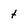
Character: t